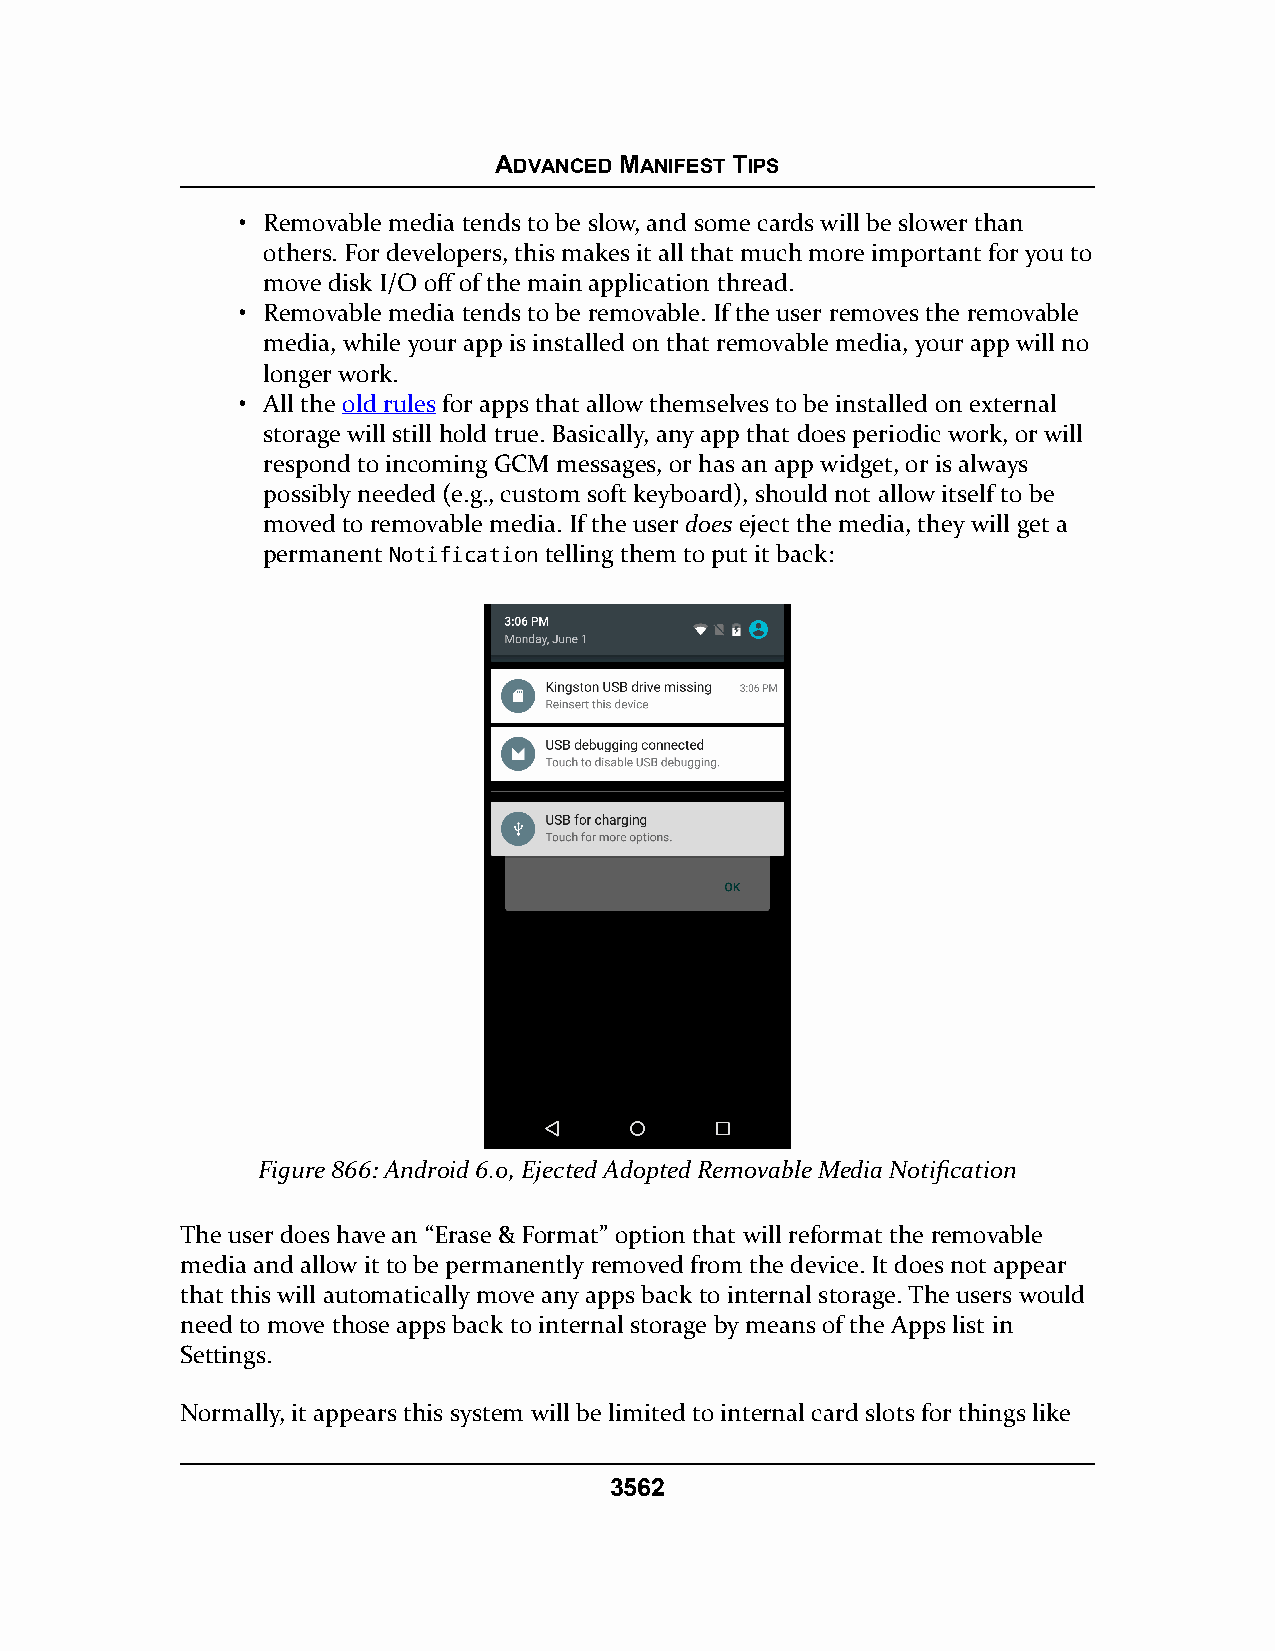
ADVANCED MANIFEST TIPS
 • Removable media tends to be slow, and some cards will be slower than
 others. For developers, this makes it all that much more important for you to
 move disk I/O off of the main application thread.
 • Removable media tends to be removable. If the user removes the removable
 media, while your app is installed on that removable media, your app will no
 longer work.
 • All the old rules for apps that allow themselves to be installed on external
 storage will still hold true. Basically, any app that does periodic work, or will
 respond to incoming GCM messages, or has an app widget, or is always
 possibly needed (e.g., custom soft keyboard), should not allow itself to be
 moved to removable media. If the user does eject the media, they will get a
 permanent Notification telling them to put it back:
 Figure 866: Android 6.0, Ejected Adopted Removable Media Notification
 The user does have an “Erase & Format” option that will reformat the removable
 media and allow it to be permanently removed from the device. It does not appear
 that this will automatically move any apps back to internal storage. The users would
 need to move those apps back to internal storage by means of the Apps list in
 Settings.
 Normally, it appears this system will be limited to internal card slots for things like
 3562